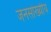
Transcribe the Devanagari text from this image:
जनसांख्यीय